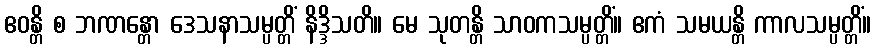
ဧဝန္တိ စ ဘဏန္တော ဒေသနာသမ္ပတ္တိံ နိဒ္ဒိသတိ။ မေ သုတန္တိ သာဝကသမ္ပတ္တိံ။ ဧကံ သမယန္တိ ကာလသမ္ပတ္တိံ။